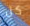
كل